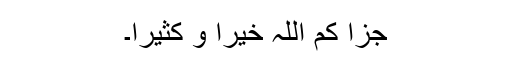
جزا کم اللہ خیرا و کثیرا۔